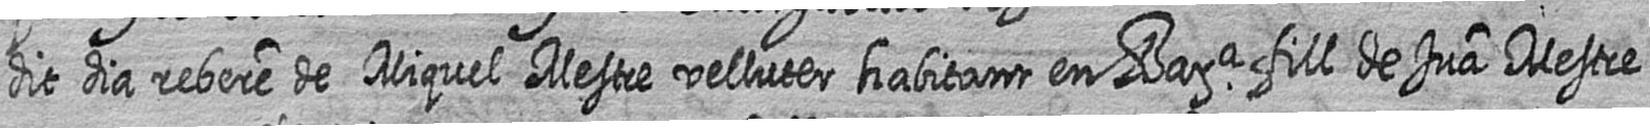
dit dia rebere de Miquel Mestre velluter habitant en Bara fill de Jua Mestre